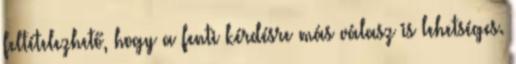
feltételezhető, hogy a fenti kérdésre más válasz is lehetséges.